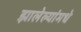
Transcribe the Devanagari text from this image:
झालेल्यांमधे